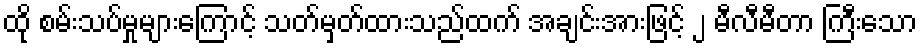
ထို စမ်းသပ်မှုများကြောင့် သတ်မှတ်ထားသည်ထက် အချင်းအားဖြင့် ၂ မီလီမီတာ ကြီးသော